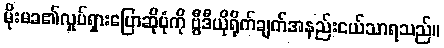
မိုးမခ၏လှုပ်ရှားပြောဆိုပုံကို ဗွီဒီယိုရိုက်ချက်အနည်းငယ်သာရသည်။